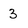
Character: 3